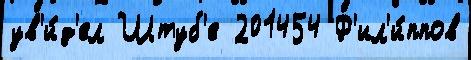
ув'и́д'ел Штуб'е 201454 Ф'ил'и́ппов